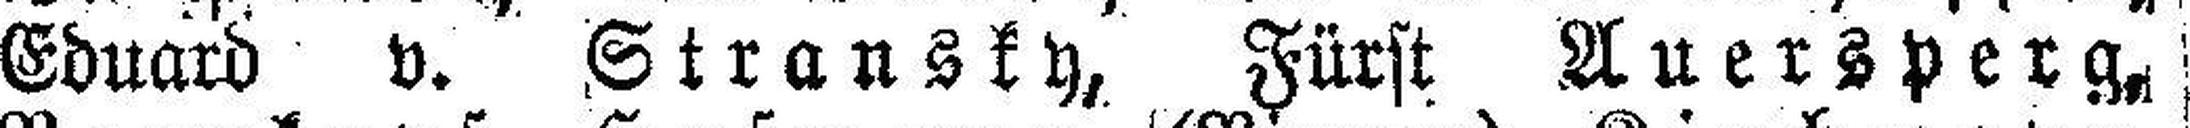
Eduard v. Stransky, Fürst Auersperg,